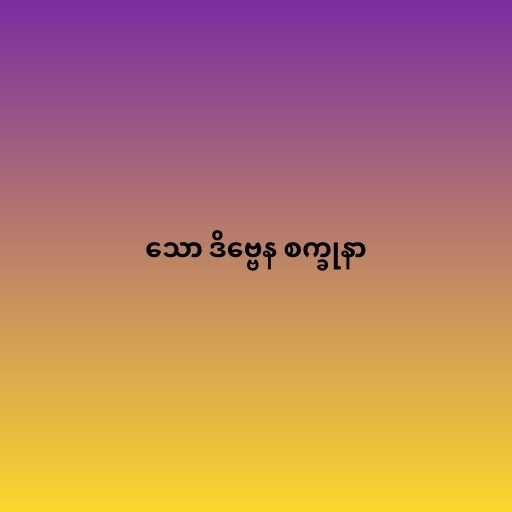
သော ဒိဗ္ဗေန စက္ခုနာ